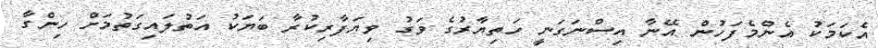
އެކަމަކު އެންމެފަހުން އޭނާ އިސްނަގަނީ ހަތިޔާރުގެ ވަގު ވިޔަފާރިކުރާ ބަޔަކު އަތުލައިގަތުމަށް ހިންގާ